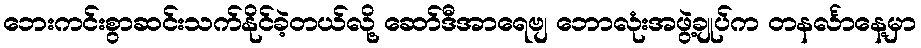
ဘေးကင်းစွာဆင်းသက်နိုင်ခဲ့တယ်လို့ ဆော်ဒီအာရေဗျ ဘောလုံးအဖွဲ့ချုပ်က တနင်္လာနေ့မှာ